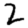
Digit: 2